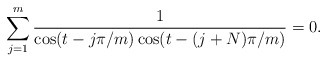
\begin{align*}\sum_{j=1}^{m}{1\over{\cos(t-{j\pi/ m})\cos(t-{(j+N)\pi/ m})}} =0. \end{align*}